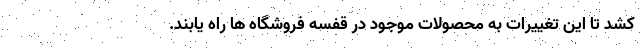
کشد تا این تغییرات به محصولات موجود در قفسه فروشگاه ها راه یابند.